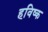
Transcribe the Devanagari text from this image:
हविष्क